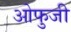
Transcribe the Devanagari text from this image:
ओफुजी